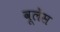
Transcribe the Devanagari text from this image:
वूलेंस